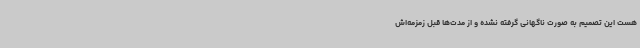
هست این تصمیم به‌ صورت ناگهانی گرفته نشده و از مدت‌ها قبل زمزمه‌اش